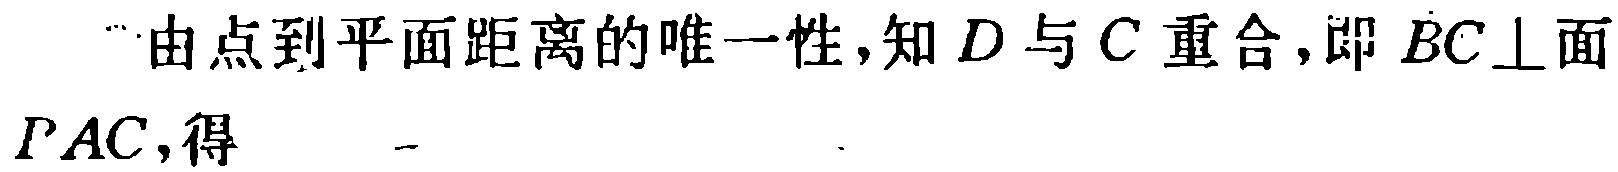
$\because$由点到平面距离的唯一性，知$D$与$C$重合，即$BC\perp$面$PAC$，得